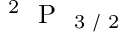
^ \mathrm { ~ 2 ~ } \mathrm { ~ P ~ } _ { \mathrm { ~ 3 ~ / ~ 2 ~ } }